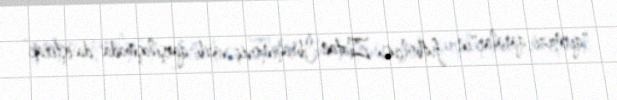
"qırmızı-qaralar"ın futbolçusu Zlatan İbrahimoviç vacib qarşılaşmada da iştirak